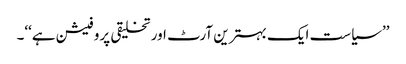
’’سیاست ایک بہترین آرٹ اور تخلیقی پروفیشن ہے‘‘۔